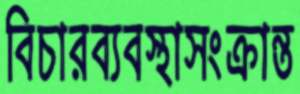
বিচারব্যবস্থাসংক্রান্ত